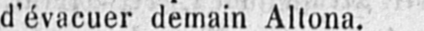
d’évacuer demain Altona.